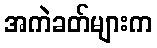
အကဲခတ်များက